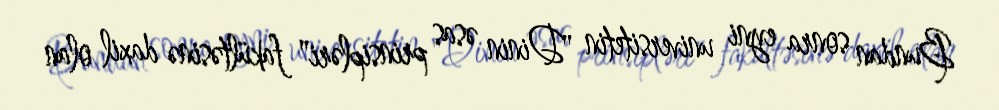
Bundan sonra eyni universitetin "Dinin əsas prinsipləri" fakültəsinə daxil olan